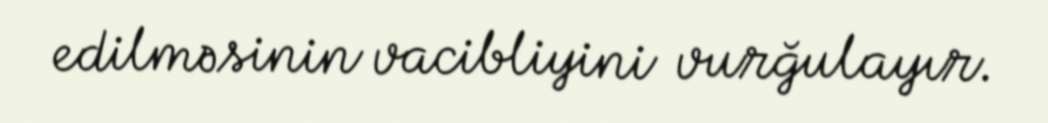
edilməsinin vacibliyini vurğulayır.